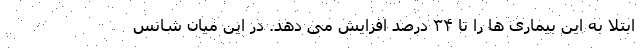
ابتلا به این بیماری ها را تا ۳۴ درصد افزایش می دهد. در این میان شانس